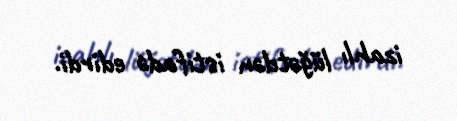
izahlı lüğətdən istifadə edirdi.